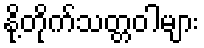
နို့တိုက်သတ္တဝါများ